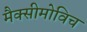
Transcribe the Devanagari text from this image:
मैक्सीमोविच